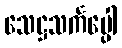
သေဋ္ဌသင်္ကပ္ပေါ